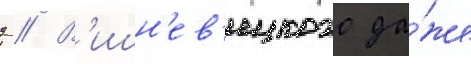
д // В'ишн'ев'ецкого да́же